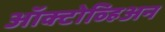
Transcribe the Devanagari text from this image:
ऑक्टोव्हिअन